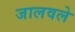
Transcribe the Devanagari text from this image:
जालवले